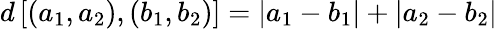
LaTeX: d\left[\left(a_{1},a_{2}\right),\left(b_{1},b_{2}\right)\right]=\left|a_{1}-b_{1}\right|+\left|a_{2}-b_{2}\right|